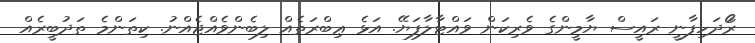
ރޯަދަހިފާނީ ރައީސް ޔާމީންގެ ވެރިކަން ވައްޓާލާފަޔޭ. އަޅެ ޢިބްރަތެއް ލިބެންވެއްޖެއްނު. ކިތަންމެ ތަދުބީރެއް